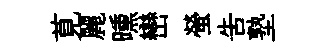
莧麗曛巒螢告塾